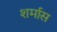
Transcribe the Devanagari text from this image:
शर्मास